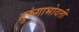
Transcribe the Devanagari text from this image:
तुरुंगाभोवती